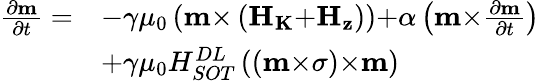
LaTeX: \begin{array}{ll}{\frac{{\partial}{\mathbf{m}}}{{\partial}t}=}&{-\gamma{\mu}_{0}\left({\mathbf{m}}{\times}\left({\mathbf{{H}}}_{\mathbf{{K}}}{+}{\mathbf{{H}}}_{\mathbf{{z}}}\right)\right){+}\alpha\left({\mathbf{m}}{\times}\frac{{\partial}{\mathbf{m}}}{{\partial}t}\right)}\\ &{{+}\gamma{\mu}_{0}H_{{SOT}}^{{DL}}\left(\left({\mathbf{m}}{\times}{\mathbf{\sigma}}\right){\times}{\mathbf{m}}\right)}\end{array}